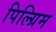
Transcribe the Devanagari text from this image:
पिल्ग्रिम